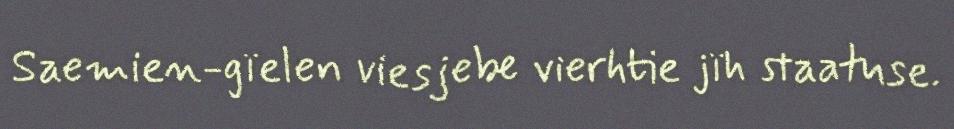
Saemien-gïelen viesjebe vierhtie jïh staatuse.